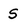
Character: S